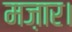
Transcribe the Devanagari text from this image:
मज़ार।